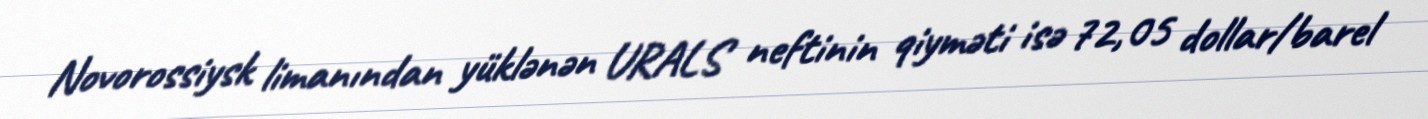
Novorossiysk limanından yüklənən URALS neftinin qiyməti isə 72,05 dollar/barel